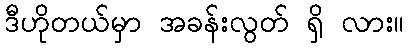
ဒီဟိုတယ်မှာ အခန်းလွတ် ရှိ လား။